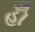
હોઁ